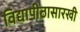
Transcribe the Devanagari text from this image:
विद्यापीठासारखी